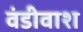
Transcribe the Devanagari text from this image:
वंडीवाश